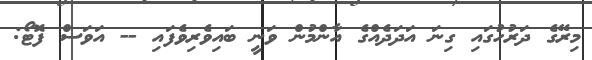
މިރޭގެ ދަރުހުގައި ގިނަ އަދަދެއްގެ އާންމުން ވަނީ ބައިވެރިވެފައި -- އަވަސް ފޮޓޯ: